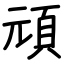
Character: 頑